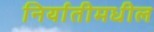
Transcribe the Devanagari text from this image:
निर्यातीमधील